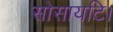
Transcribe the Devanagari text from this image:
सोसायटि।